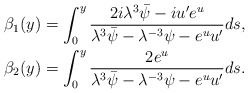
\begin{align*}\beta_1(y)&= \int_0^y \frac{2i \lambda^3\bar{\psi} - iu^{\prime} e^u}{\lambda^3\bar{\psi}-\lambda^{-3}\psi-e^u u^{\prime}} ds, \\\beta_2(y) &= \int_0^y \frac{2e^u}{\lambda^3\bar{\psi}-\lambda^{-3}\psi-e^u u^{\prime}}ds. \end{align*}